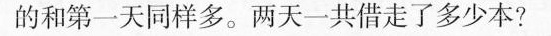
的和第一天同样多。两天一共借走了多少本?